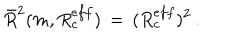
LaTeX: \bar { R } ^ { 2 } ( m , R _ { c } ^ { e f f } ) \, = \, ( R _ { c } ^ { e f f } ) ^ { 2 } \, { . }